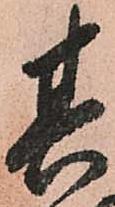
其